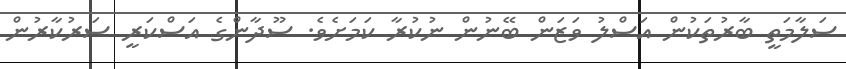
ސަލާމަތީ ބާރުތަކުން އަސްލު ވަޒަން ބޭނުން ނުކުރާ ކަމަށެވެ. ސޫދާންގެ އަސްކަރީ ސަރުކާރުން